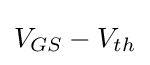
V_{GS}-V_{th}